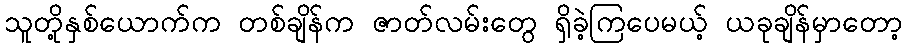
သူတို့နှစ်ယောက်က တစ်ချိန်က ဇာတ်လမ်းတွေ ရှိခဲ့ကြပေမယ့် ယခုချိန်မှာတော့